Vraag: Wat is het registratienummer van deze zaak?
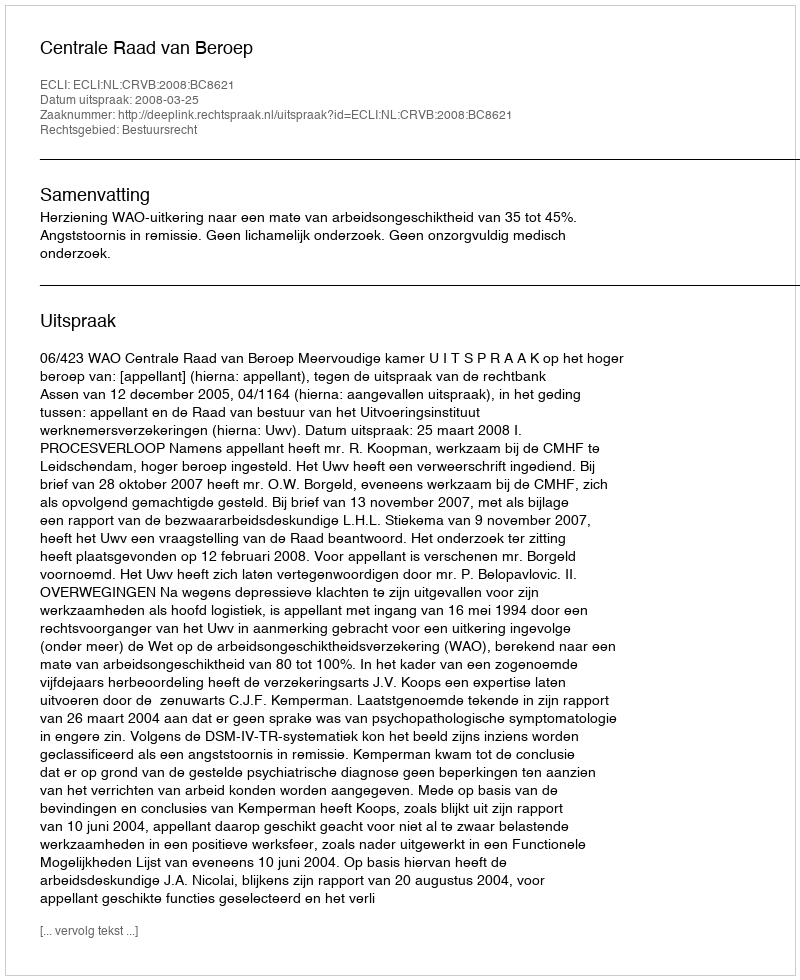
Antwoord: http://deeplink.rechtspraak.nl/uitspraak?id=ECLI:NL:CRVB:2008:BC8621